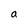
Character: a